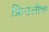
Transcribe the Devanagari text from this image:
फ्रिउलीचा